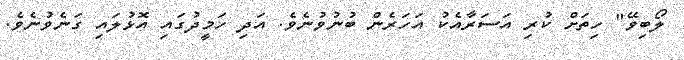
ލޯބިވޭ" ހިތަށް ކުރި އަސަރާއެކު އަހަރެން ބުނުވުނެވެ. އަދި ހަމީދުގައި އޮޅުލައި ގަނެވުނެވެ.